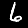
Digit: 6